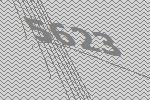
5623